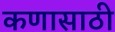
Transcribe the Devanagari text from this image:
कणासाठी